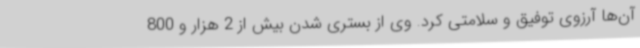
آن‌ها آرزوی توفیق و سلامتی کرد. وی از بستری شدن بیش از 2 هزار و 800